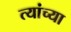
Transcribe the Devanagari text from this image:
त्यांच्या